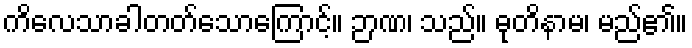
ကိလေသာခါတတ်သောကြောင့်။ ဉာဏ၊ သည်။ ဓုတိနာမ၊ မည်၏။